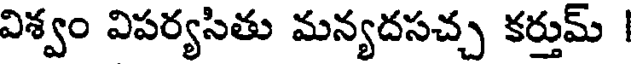
విశ్వం విపర్యసితు మన్యదసచ్చ కర్తుమ్